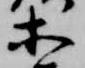
等